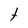
Character: t